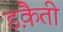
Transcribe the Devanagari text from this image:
डक़ैती